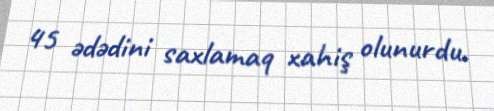
45 ədədini saxlamaq xahiş olunurdu.